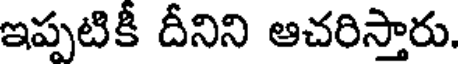
ఇప్పటికీ దీనిని ఆచరిస్తారు.